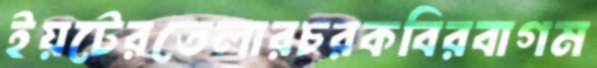
ইয়টেরতেলারচরকবিরবাগম